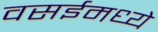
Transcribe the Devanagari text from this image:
वसईमध्ये